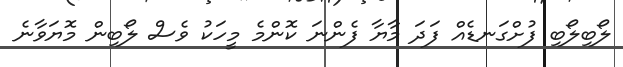
ލޯބިލޯބި ފުށްގަނޑެއް ފަދަ މާޔާ ފެންނަ ކޮންމެ މީހަކު ވެސް ލޯބިން މޮޔަވާނެ